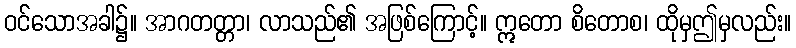
ဝင်သောအခါ၌။ အာဂတတ္တာ၊ လာသည်၏ အဖြစ်ကြောင့်။ ဣတော စိတောစ၊ ထိုမှဤမှလည်း။